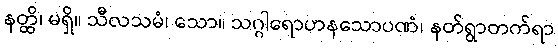
နတ္ထိ၊ မရှိ။ သီလသမံ၊ သော။ သဂ္ဂါရောဟနသောပဏံ၊ နတ်ရွာတက်ရာ